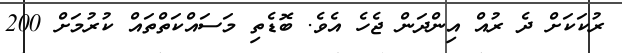
ރުކަކަށް ދެ ރުއް އިންދަން ޖެހެ އެވެ. ބޮޑެތި މަސައްކަތްތައް ކުރުމަށް 200